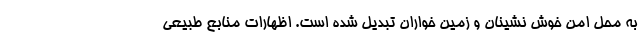
به محل امن خوش نشینان و زمین خواران تبدیل شده است. اظهارات منابع طبیعی